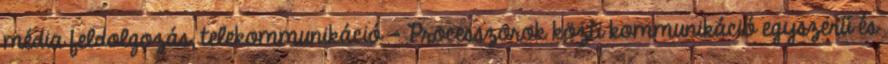
média feldolgozás, telekommunikáció – Processzorok közti kommunikáció egyszerű és